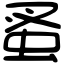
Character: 蚤